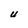
Character: U